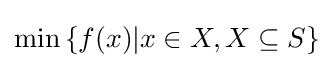
\min {\{f(x)|x\in X,X\subseteq S\}}